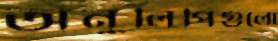
অনুলিপিগুলো